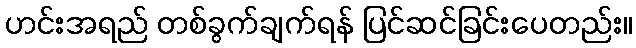
ဟင်းအရည် တစ်ခွက်ချက်ရန် ပြင်ဆင်ခြင်းပေတည်း။